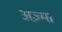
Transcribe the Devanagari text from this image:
अज़्मा